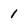
Character: 1